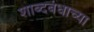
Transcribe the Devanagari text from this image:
शाब्दबंधाच्या